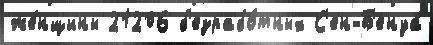
же́нщины 21206 б'езрабо́тных С'ен-Б'енуа́